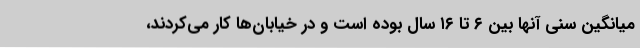
میانگین سنی آنها بین ۶ تا ۱۶ سال بوده است و در خیابان‌ها کار می‌کردند،